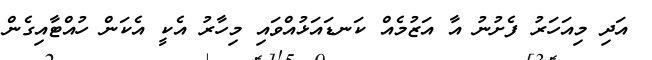
އަދި މިއަހަރު ފެށުނު އާ އަޒުމެއް ކަނޑައަޅުއްވައި މިހާރު އެކީ އެކަން ހުއްޓާއިގެން